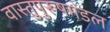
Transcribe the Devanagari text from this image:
वास्तुपुरूषमंडल